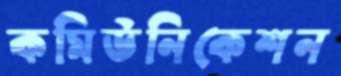
কমিউনিকেশন